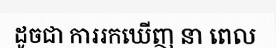
ដូចជា ការរកឃើញ នា ពេល